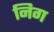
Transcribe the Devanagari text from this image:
निग